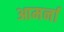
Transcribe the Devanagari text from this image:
आमर्ना